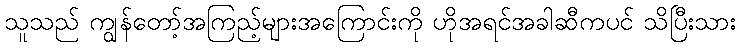
သူသည် ကျွန်တော့်အကြည့်များအကြောင်းကို ဟိုအရင်အခါဆီကပင် သိပြီးသား